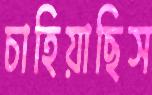
চাহিয়াছিস